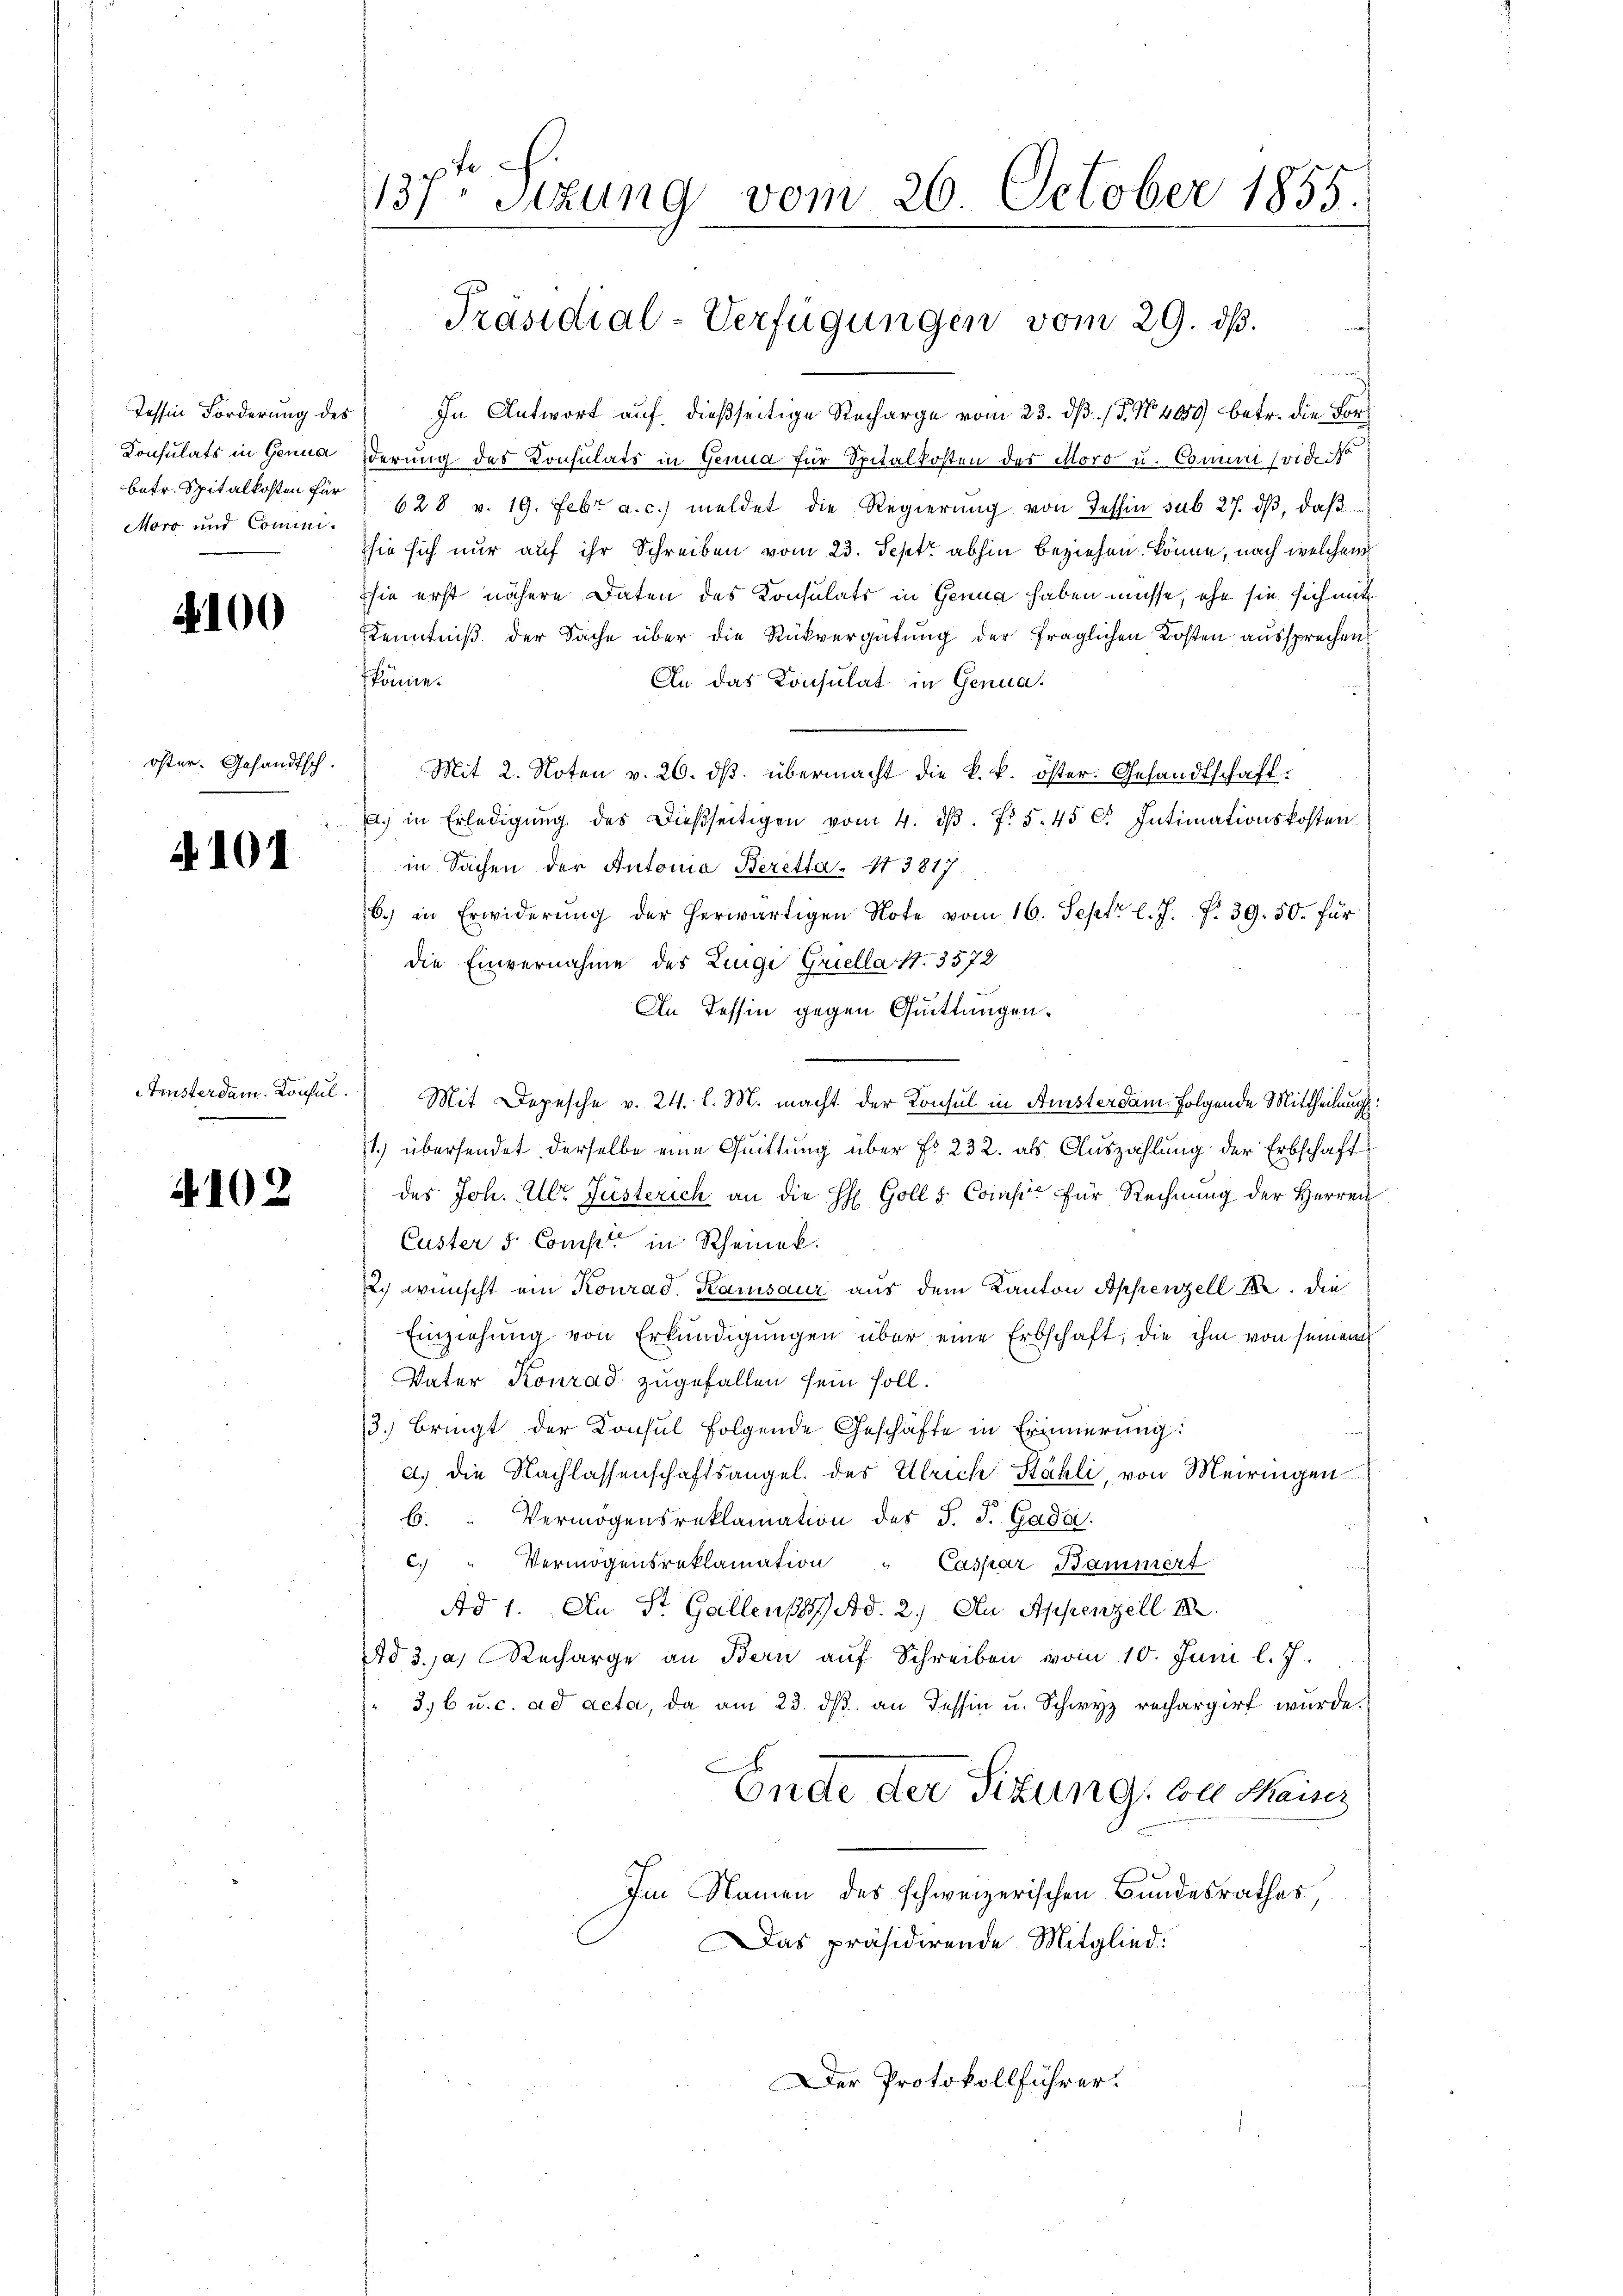
Konsulats in Genua
betr. Spitalkosten für
Moro und Comini¬

100

öster. Gesandtsch.

101

Arusterdam. Konsul

4102

137ten Sizung vom 26. October 1855.
Präsidial-Verfügungen vom 29. dβ.

Tessin Forderung des In Antwort auf dießseitige Recharge vom 23. dß. (T. No. 4059 betr. die Forderung des Consulats in Genua für Spitalkosten des Moro u. Commi (vide o
628 v. 19. Febr. a. c.) meldet die Regierung von Tessin sub 27. dβ, daß
sie sich nur auf ihr Schreiben vom 23. Sept. abhin beziehen könne, nach welchem
sie erst nähere Daten des Konsulats in Genua haben müsse, ehe sie sich mit
Kenntniß der Sache über die Rückvergütung der fraglichen Kosten aussprechen
könne.
An das Consulat in Genua.
Mit 2. Noten v. 26. dβ übermacht die k. k. öster. Gesandtschaft.
a. in Erledigŭng des dießseitigen vom 4. dβ. f. 545 C. Intimationskosten
in Sachen der Antonia Beretta - 4. 3817
b.) in Erwiderŭng der herwärtigen Note vom 16. Sept. l. J. P. 39. 50. für
die Einvernahme des Zunge Griella S. 3572
An Tessin gegen Quittungen.
Mit Depesche v. 24. l. M. macht der Konsul in Amsterdam folgende Mittheilung:
1.) übersendet, derselbe eine Quittung über f. 232. als Auszahlung der Erbschaft
des Joh. Ullr Jüsterich an die H: Goll s. Comp. für Rechnŭng der Herren
Custer d. Comp in Rheinek.
2.) wünscht ein Konrad. Kamsaur aus dem Kanton Appenzell A. die
Einziehŭng von Erkŭndigŭngen über eine Erbschaft, die ihm von seinem
Vater Konrad zugefallen sein soll.
3.) Bringt der Konsul folgende Geschäfte in Erinnerung:
dg die Nachlassenschaftsangel. des Ulrich Stähli, von Meiringen
b. " Vermögensreklamation des J. J. Gadei
c. " Vermögensreklamation " Caspar Kammert
Ad 1. An St. Gallen 18 Ad. 2.) Au Appenzell 18
d 3. ja. Recharge an Bern auf Schreiben vom 10. Juni l. J.
3,6 u. c. ad acta, da am 23. ds. an Tessin u. Schwyz rechargirt wurde.
x
Ende der Sitzung, von Meines
Im Namen des schweizerischen Bundesrathes,
Das präsidirende Mitglied.

Der Protokollführer.